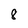
Character: 8